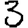
Digit: 3